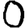
Digit: 0